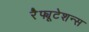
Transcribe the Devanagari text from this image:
रेैफ्यूटेशन्स